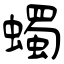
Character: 蠋